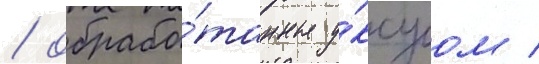
/ обрабо́танные у́ксусом /